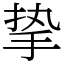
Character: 挚